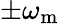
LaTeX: \pm\omega_{\mathrm{m}}